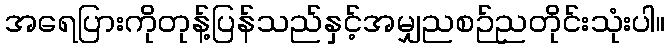
အရေပြားကိုတုန့်ပြန်သည်နှင့်အမျှညစဉ်ညတိုင်းသုံးပါ။